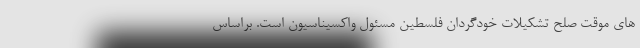
های موقت صلح تشکیلات خودگردان فلسطین مسئول واکسیناسیون است. براساس